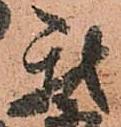
我